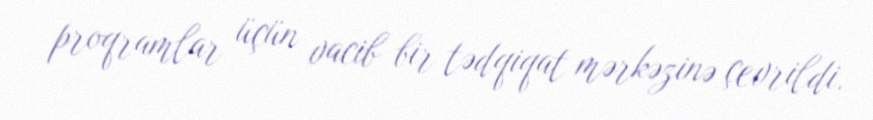
proqramlar üçün vacib bir tədqiqat mərkəzinə çevrildi.